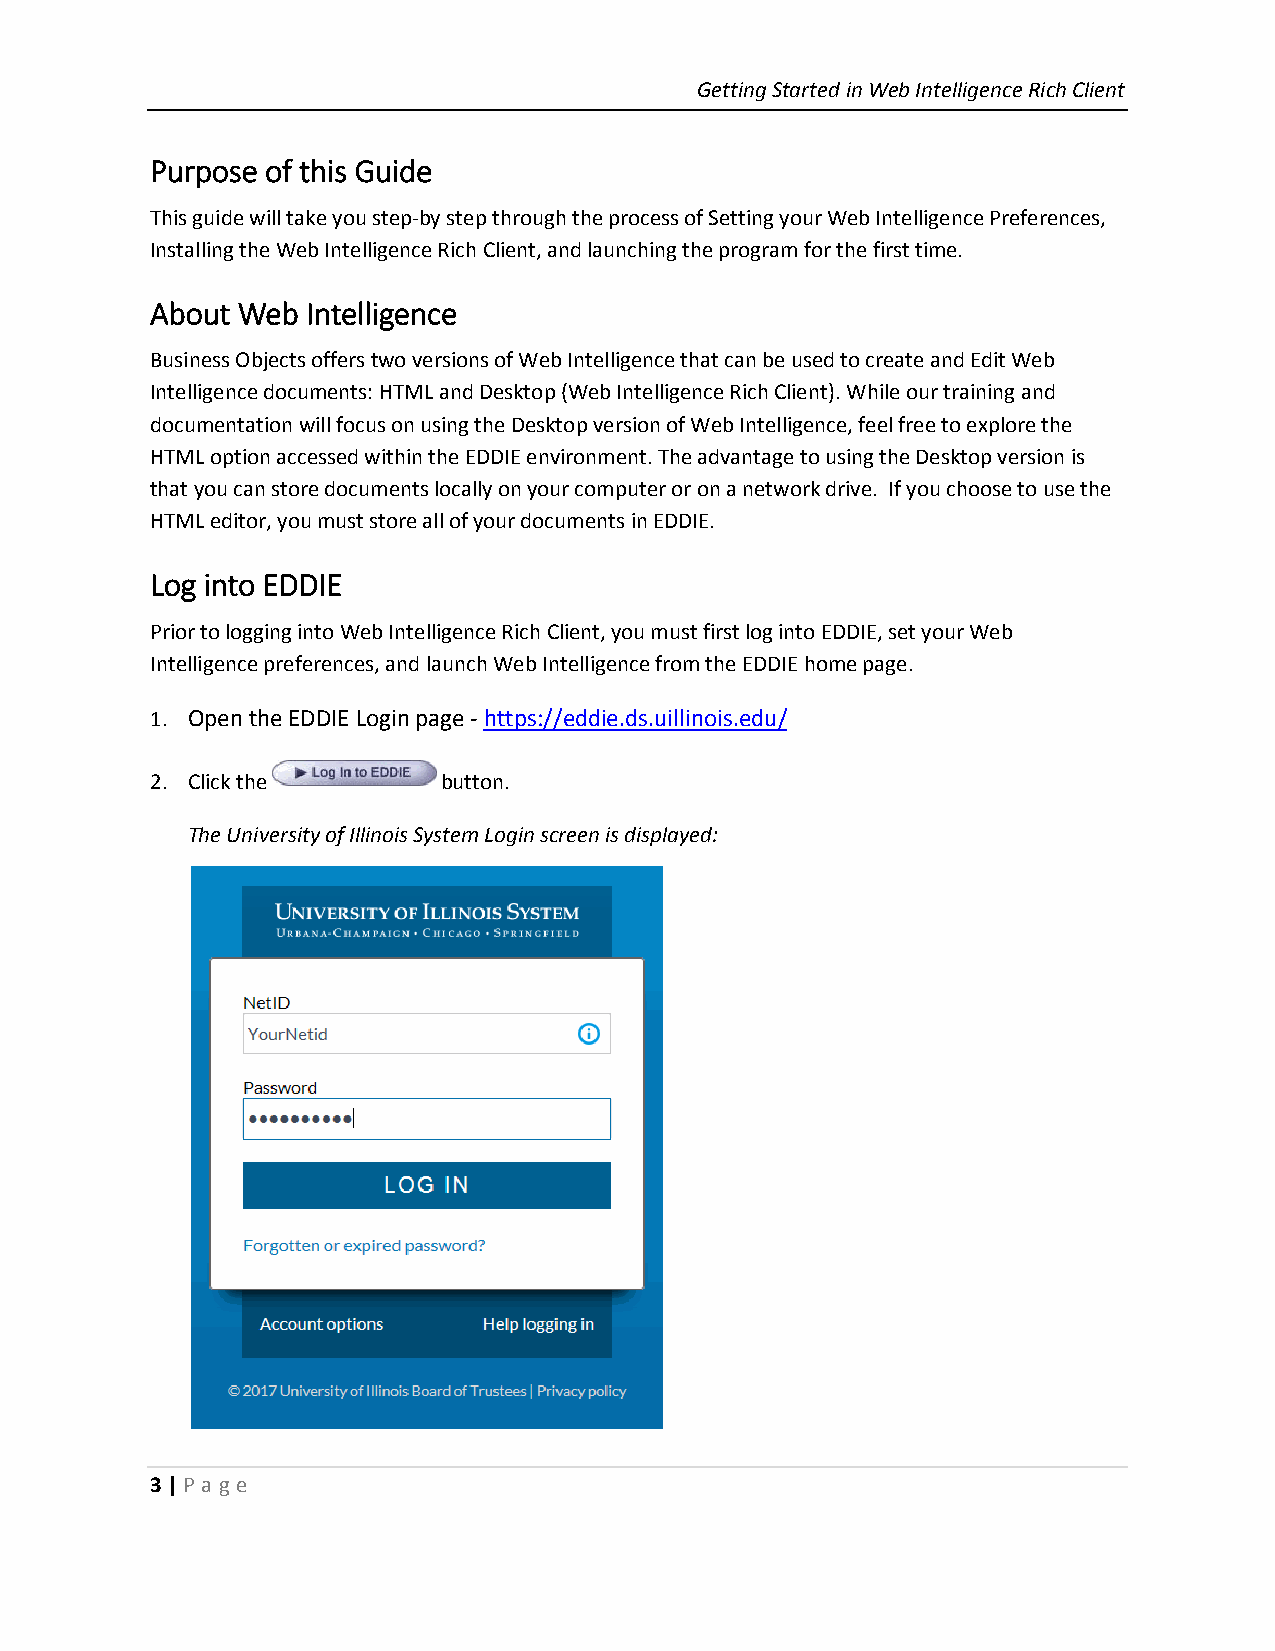
Getting Started in Web Intelligence Rich Client
 Purpose of this Guide
 This guide will take you step-by step through the process of Setting your Web Intelligence Preferences,
 Installing the Web Intelligence Rich Client, and launching the program for the first time.
 About Web Intelligence
 Business Objects offers two versions of Web Intelligence that can be used to create and Edit Web
 Intelligence documents: HTML and Desktop (Web Intelligence Rich Client). While our training and
 documentation will focus on using the Desktop version of Web Intelligence, feel free to explore the
 HTML option accessed within the EDDIE environment. The advantage to using the Desktop version is
 that you can store documents locally on your computer or on a network drive. If you choose to use the
 HTML editor, you must store all of your documents in EDDIE.
 Log into EDDIE
 Prior to logging into Web Intelligence Rich Client, you must first log into EDDIE, set your Web
 Intelligence preferences, and launch Web Intelligence from the EDDIE home page.
 1. Open the EDDIE Login page - https://eddie.ds.uillinois.edu/
 2. Click the       button.
 The University of Illinois System Login screen is displayed:
 3 | P age